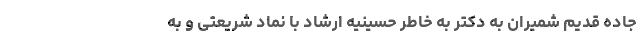
جاده قدیم شمیران به دکتر به خاطر حسینیه ارشاد با نماد شریعتی و به